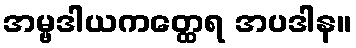
အမ္ဗဒါယကတ္ထေရ အပဒါန။